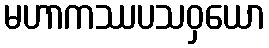
မဟာကဿပသဝှယော